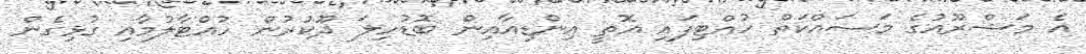
އެ މަޝްރޫއުގެ މަސައްކަތް ހުއްޓިފައި އޮތީ އިންޑިއާއިން ބޮޑުހިލަ ދޫކުރުން ހުއްޓާލުމާއި ގުޅިގެން